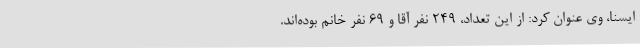
ایسنا، وی عنوان کرد: از این تعداد، 249 نفر آقا و 69 نفر خانم بوده‌اند.